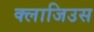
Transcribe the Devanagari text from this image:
क्लाजिउस